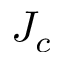
J _ { c }